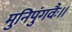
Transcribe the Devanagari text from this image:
मुनिपुंगवैः॥